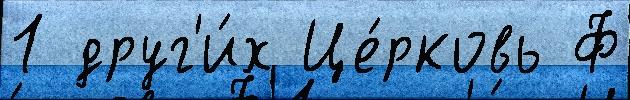
1 друг'и́х Це́рковь Ф